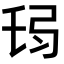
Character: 𢏒